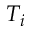
T _ { i }